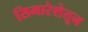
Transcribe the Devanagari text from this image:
सिमारेशेतून